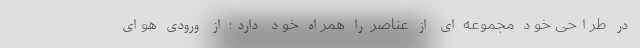
در طراحی خود مجموعه ای از عناصر را همراه خود دارد؛ از ورودی هوای